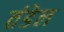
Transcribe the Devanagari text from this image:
तंडेल